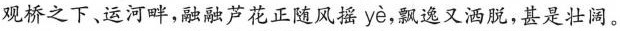
观桥之下、运河畔，融融芦花正随风摇 yè ，飘逸又洒脱，甚是壮阔。